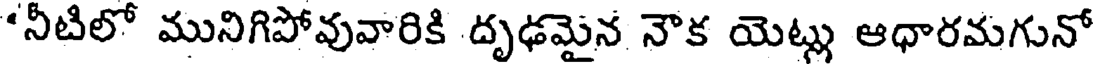
"నీటిలో మునిగిపోవువారికి దృఢమైన నౌక యెట్లు ఆధారమగునో